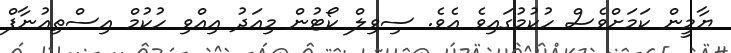
ޔާމީން ކަމަށްވެސް ހުކުމުގައިވެ އެވެ. ސިވިލް ކޯޓުން މިއަދު އިއްވި ހުކުމް އިސްތިއުނާފް